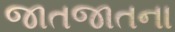
જાતજાતના